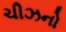
ચીઝનો